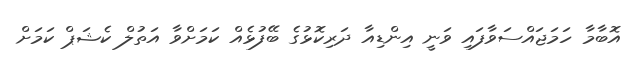
އޮބާމާ ހަމަޖައްސަވާފައި ވަނީ އިންޑިއާ ދަރިކޮޅުގެ ބޭފުޅެއް ކަމަށްވާ އަތުލް ކެޝަޕް ކަމަށް